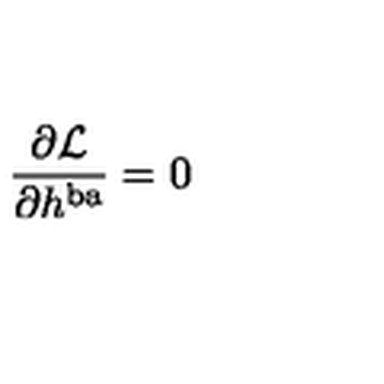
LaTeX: \frac { \partial { \cal L } } { \partial h ^ { \mathrm { b a } } } = 0